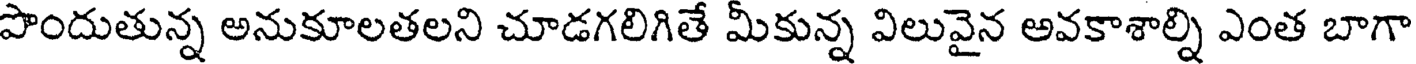
పొందుతున్న అనుకూలతలని చూడగలిగితే మీకున్న విలువైన అవకాశాల్ని ఎంత బాగా